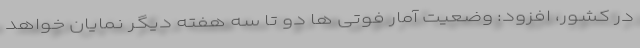
در کشور، افزود: وضعیت آمار فوتی ها دو تا سه هفته دیگر نمایان خواهد